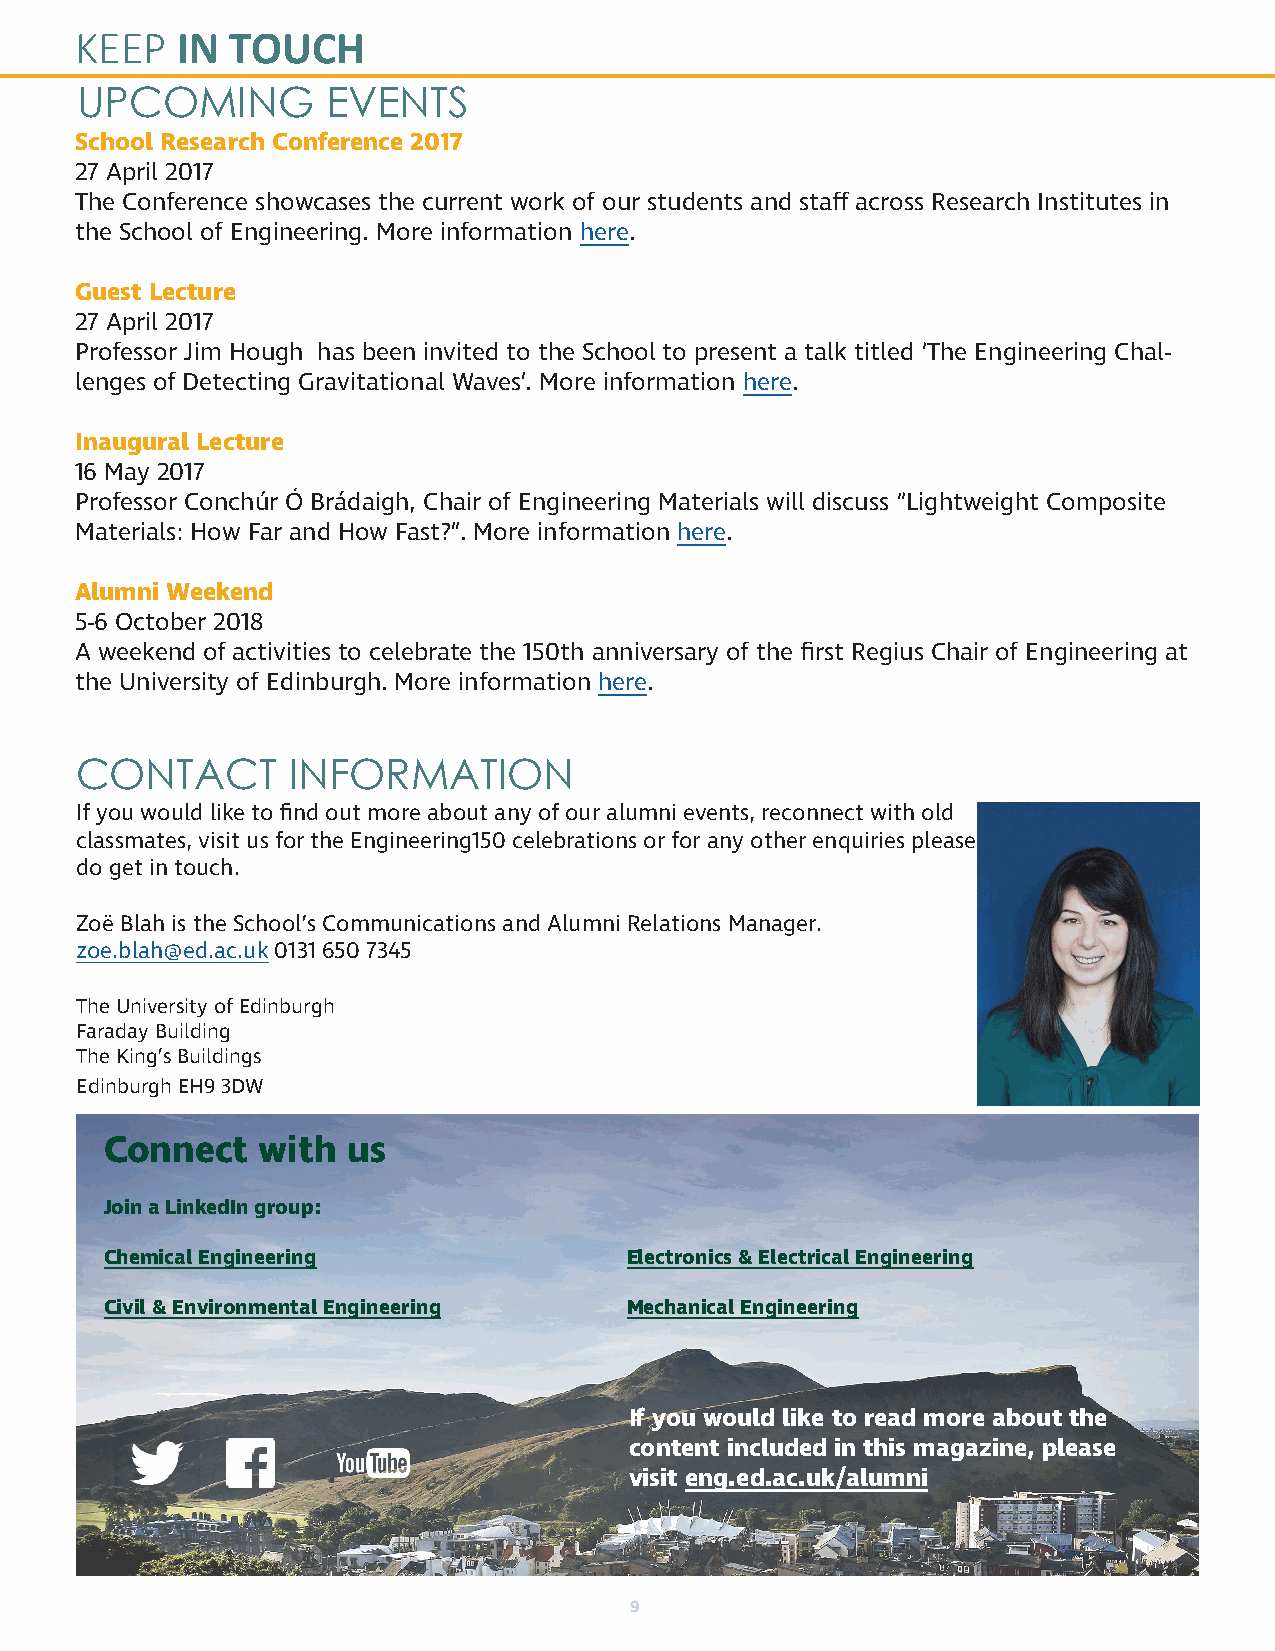
KEEP   IN TOUCH
 UPCOMING         EVENTS
 School Research Conference 2017
 27 April 2017
 The Conference showcases the current work of our students and staff across Research Institutes in
 the School of Engineering. More information here.
 Guest Lecture
 27 April 2017
 Professor Jim Hough has been invited to the School to present a talk titled ‘The Engineering Chal-
 lenges of Detecting Gravitational Waves’. More information here.
 Inaugural Lecture
 16 May 2017
 Professor Conchúr Ó Brádaigh, Chair of Engineering Materials will discuss “Lightweight Composite
 Materials: How Far and How Fast?”. More information here.
 Alumni Weekend
 5-6 October 2018
 A weekend of activities to celebrate the 150th anniversary of the first Regius Chair of Engineering at
 the University of Edinburgh. More information here.
 CONTACT       INFORMATION
 If you would like to find out more about any of our alumni events, reconnect with old
 classmates, visit us for the Engineering150 celebrations or for any other enquiries please
 do get in touch.
 Zoë Blah is the School’s Communications and Alumni Relations Manager.
 zoe.blah@ed.ac.uk 0131 650 7345
 The University of Edinburgh
 Faraday Building
 The King’s Buildings
 Edinburgh EH9 3DW
 Connect   with  us
 Join a LinkedIn group:
 Chemical Engineering              Electronics & Electrical Engineering
 Civil & Environmental Engineering Mechanical Engineering
 If you would like to read more about the
 content included in this magazine, please
 visit eng.ed.ac.uk/alumni
 9